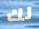
لك